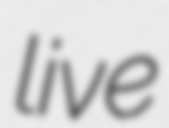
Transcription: live